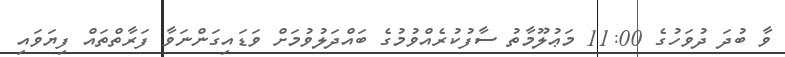
ވާ ބުދަ ދުވަހުގެ 11:00 މަޢުލޫމާތު ސާފުކުރެއްވުމުގެ ބައްދަލުވުމަށް ވަޑައިގަންނަވާ ފަރާތްތައް ފިޔަވައި